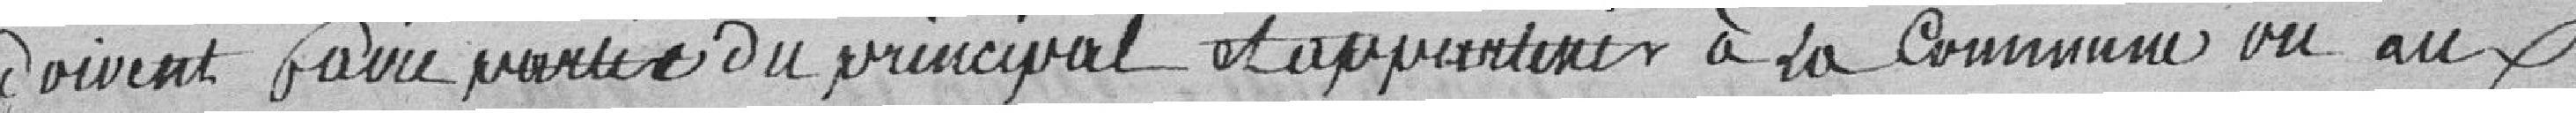
doivent faire partie du principal et appartenir à la Commune vu aux